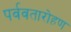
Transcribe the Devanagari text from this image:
पर्ववतारोहण